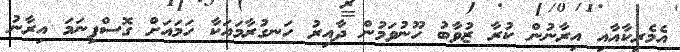
އެމެރިކާއާއި އިރާނުން ކުރާ ޒުވާބު ހޫނުވަމުން ދާއިރު ހަނގުރާމައަކާ ހަމައަށް ގޮސްފިނަމަ އިރާނު